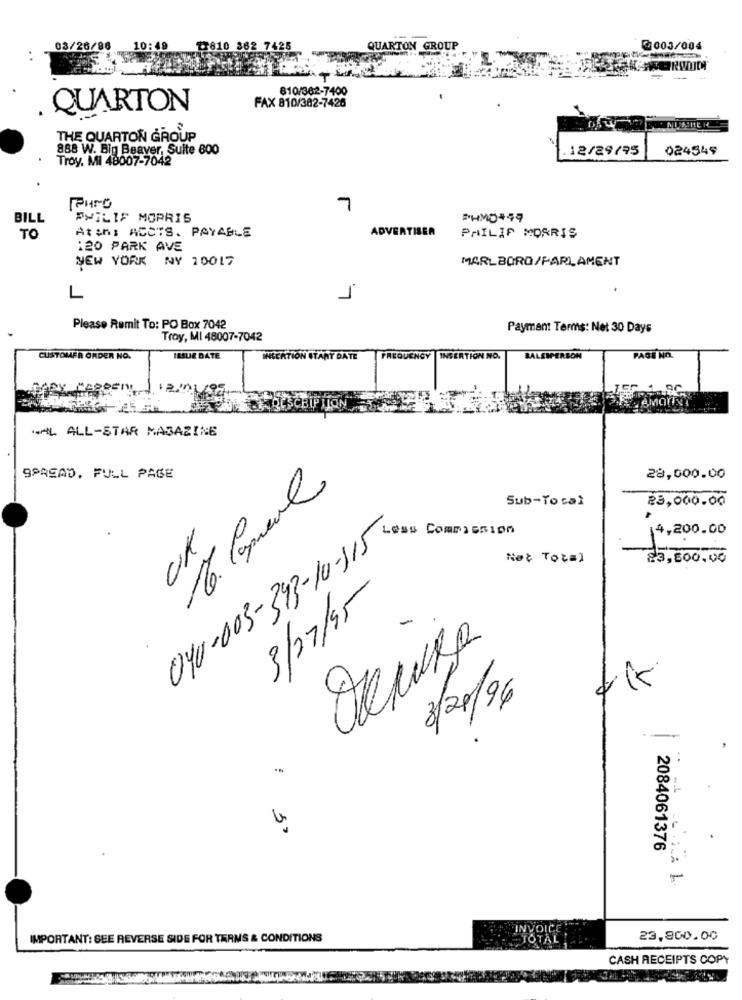
03/26/96
10:49
17810 362 7425
QUARTON GROUP
0003/004
-
810/362-7400
QUARTON
FAX 810/382-7426
THE QUARTON GROUP
888 W. Big Beaver, Suite 600
.12/29/95
024549
Troy, MI 48007-7042
PHro
7
BILL
PHILIP MORRIS
PHMD449
Atons ACCTS. PAYABLE
ADVERTISER
TO
PHILIP MORRIS
120 PARK AVE
NEW YORK NY 10017
MARLBORO/PARLAMENT
L
7
Please Remit To: PO Box 7042
Payment Terms: Net 30 Days
Troy, MI 48007-7042
CUSTOMER ORDER NO.
ISSUE DATE
INSERTION START DATE
FREQUENCY INSERTION NO.
BALSIPERSON
PAGE NO.
1.HL ALL-STAR MAGAZINE
SPREAD. FULL PAGE
28,000.00
16. Cernere
Sub-Total
23,000.00
CK
4,200.00
040-003-343-10-115
Not Total
83,600,00
3/27/95
-
3/2/96
..
2084061376
IMPORTANT: SEE REVERSE SIDE FOR TERMS & CONDITIONS
23,800.00
CASH RECEIPTS COPY